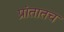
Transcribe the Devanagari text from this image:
प्रांतातच